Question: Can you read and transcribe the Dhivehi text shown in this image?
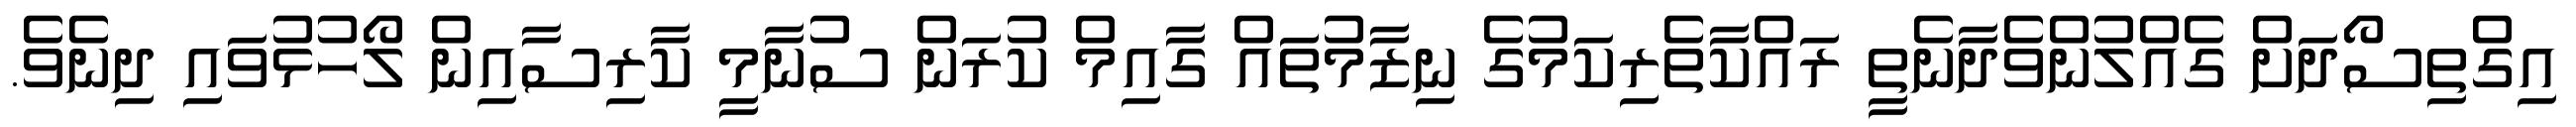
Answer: އިގްތިސޯދަށް ގެއްލުންވެދާނެތީ ރައްކާތެރިކަމުގެ ނިޒާމުތައް ގާއިމް ކުރަން ސުނާމީ ކާރިސާއިން ލޯހުޅުވައި ދިނެވެ.